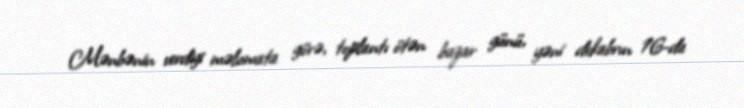
Mənbənin verdiyi məlumata görə, toplantı ötən bazar günü, yəni dekabrın 16-da